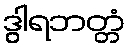
ဒွါရဘတ္တံ